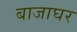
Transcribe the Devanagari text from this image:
बाजाघर